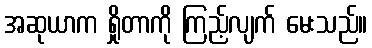
အဆုယာက ရှိုတာကို ကြည့်လျက် မေးသည်။